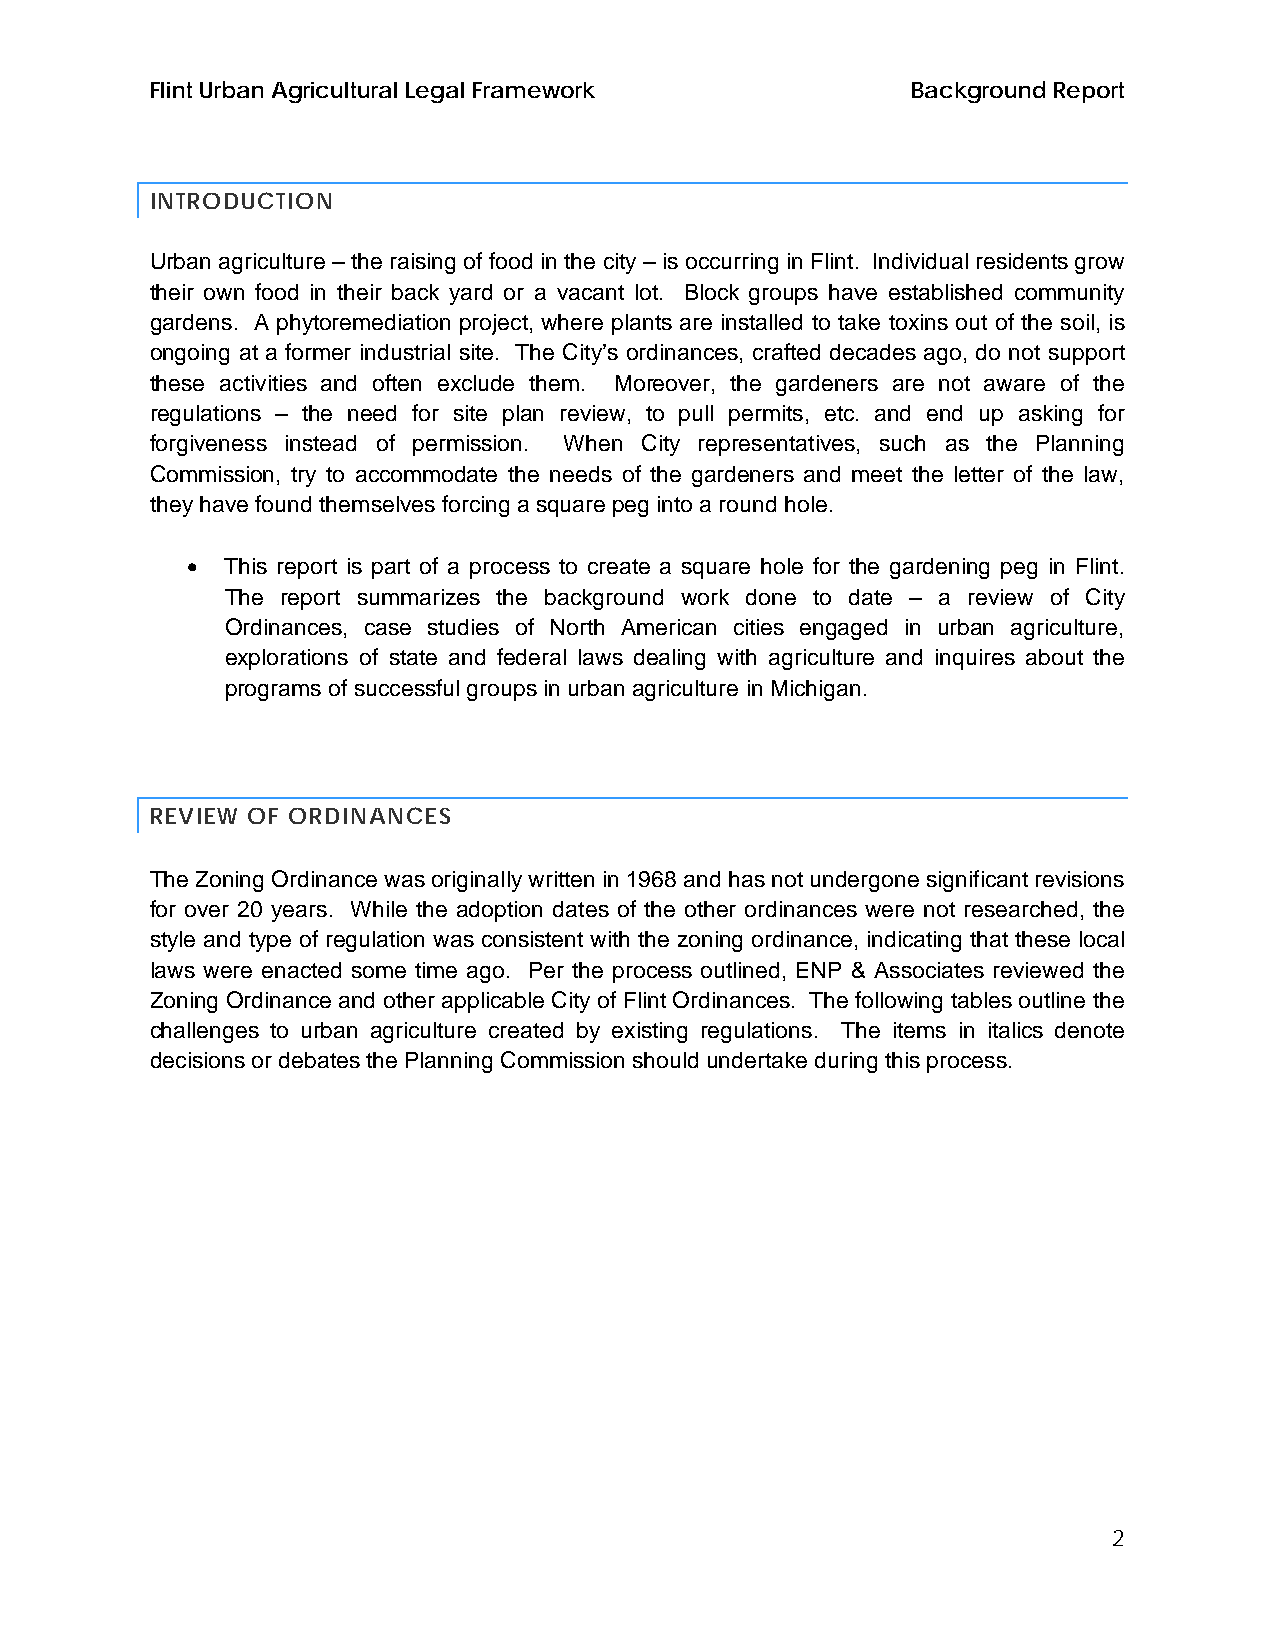
Flint Urban Agricultural Legal Framework          Background Report
 INTRODUCTION
 Urban agriculture – the raising of food in the city – is occurring in Flint. Individual residents grow
 their own food in their back yard or a vacant lot. Block groups have established community
 gardens. A phytoremediation project, where plants are installed to take toxins out of the soil, is
 ongoing at a former industrial site. The City’s ordinances, crafted decades ago, do not support
 these activities and often exclude them. Moreover, the gardeners are not aware of the
 regulations – the need for site plan review, to pull permits, etc. and end up asking for
 forgiveness instead of permission. When City representatives, such as the Planning
 Commission, try to accommodate the needs of the gardeners and meet the letter of the law,
 they have found themselves forcing a square peg into a round hole.
 •  This report is part of a process to create a square hole for the gardening peg in Flint.
 The report summarizes the background work done to date – a review of City
 Ordinances, case studies of North American cities engaged in urban agriculture,
 explorations of state and federal laws dealing with agriculture and inquires about the
 programs of successful groups in urban agriculture in Michigan.
 REVIEW OF ORDINANCES
 The Zoning Ordinance was originally written in 1968 and has not undergone significant revisions
 for over 20 years. While the adoption dates of the other ordinances were not researched, the
 style and type of regulation was consistent with the zoning ordinance, indicating that these local
 laws were enacted some time ago. Per the process outlined, ENP & Associates reviewed the
 Zoning Ordinance and other applicable City of Flint Ordinances. The following tables outline the
 challenges to urban agriculture created by existing regulations. The items in italics denote
 decisions or debates the Planning Commission should undertake during this process.
 2